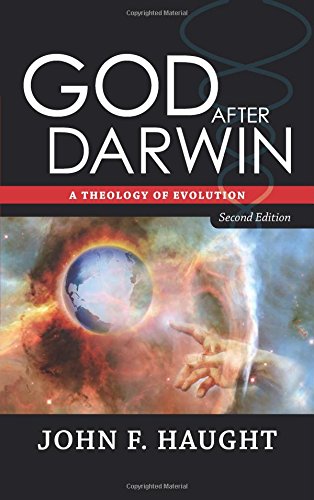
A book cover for God After Darwin: A Theology of Evolution; John F. Haught; Science & Math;